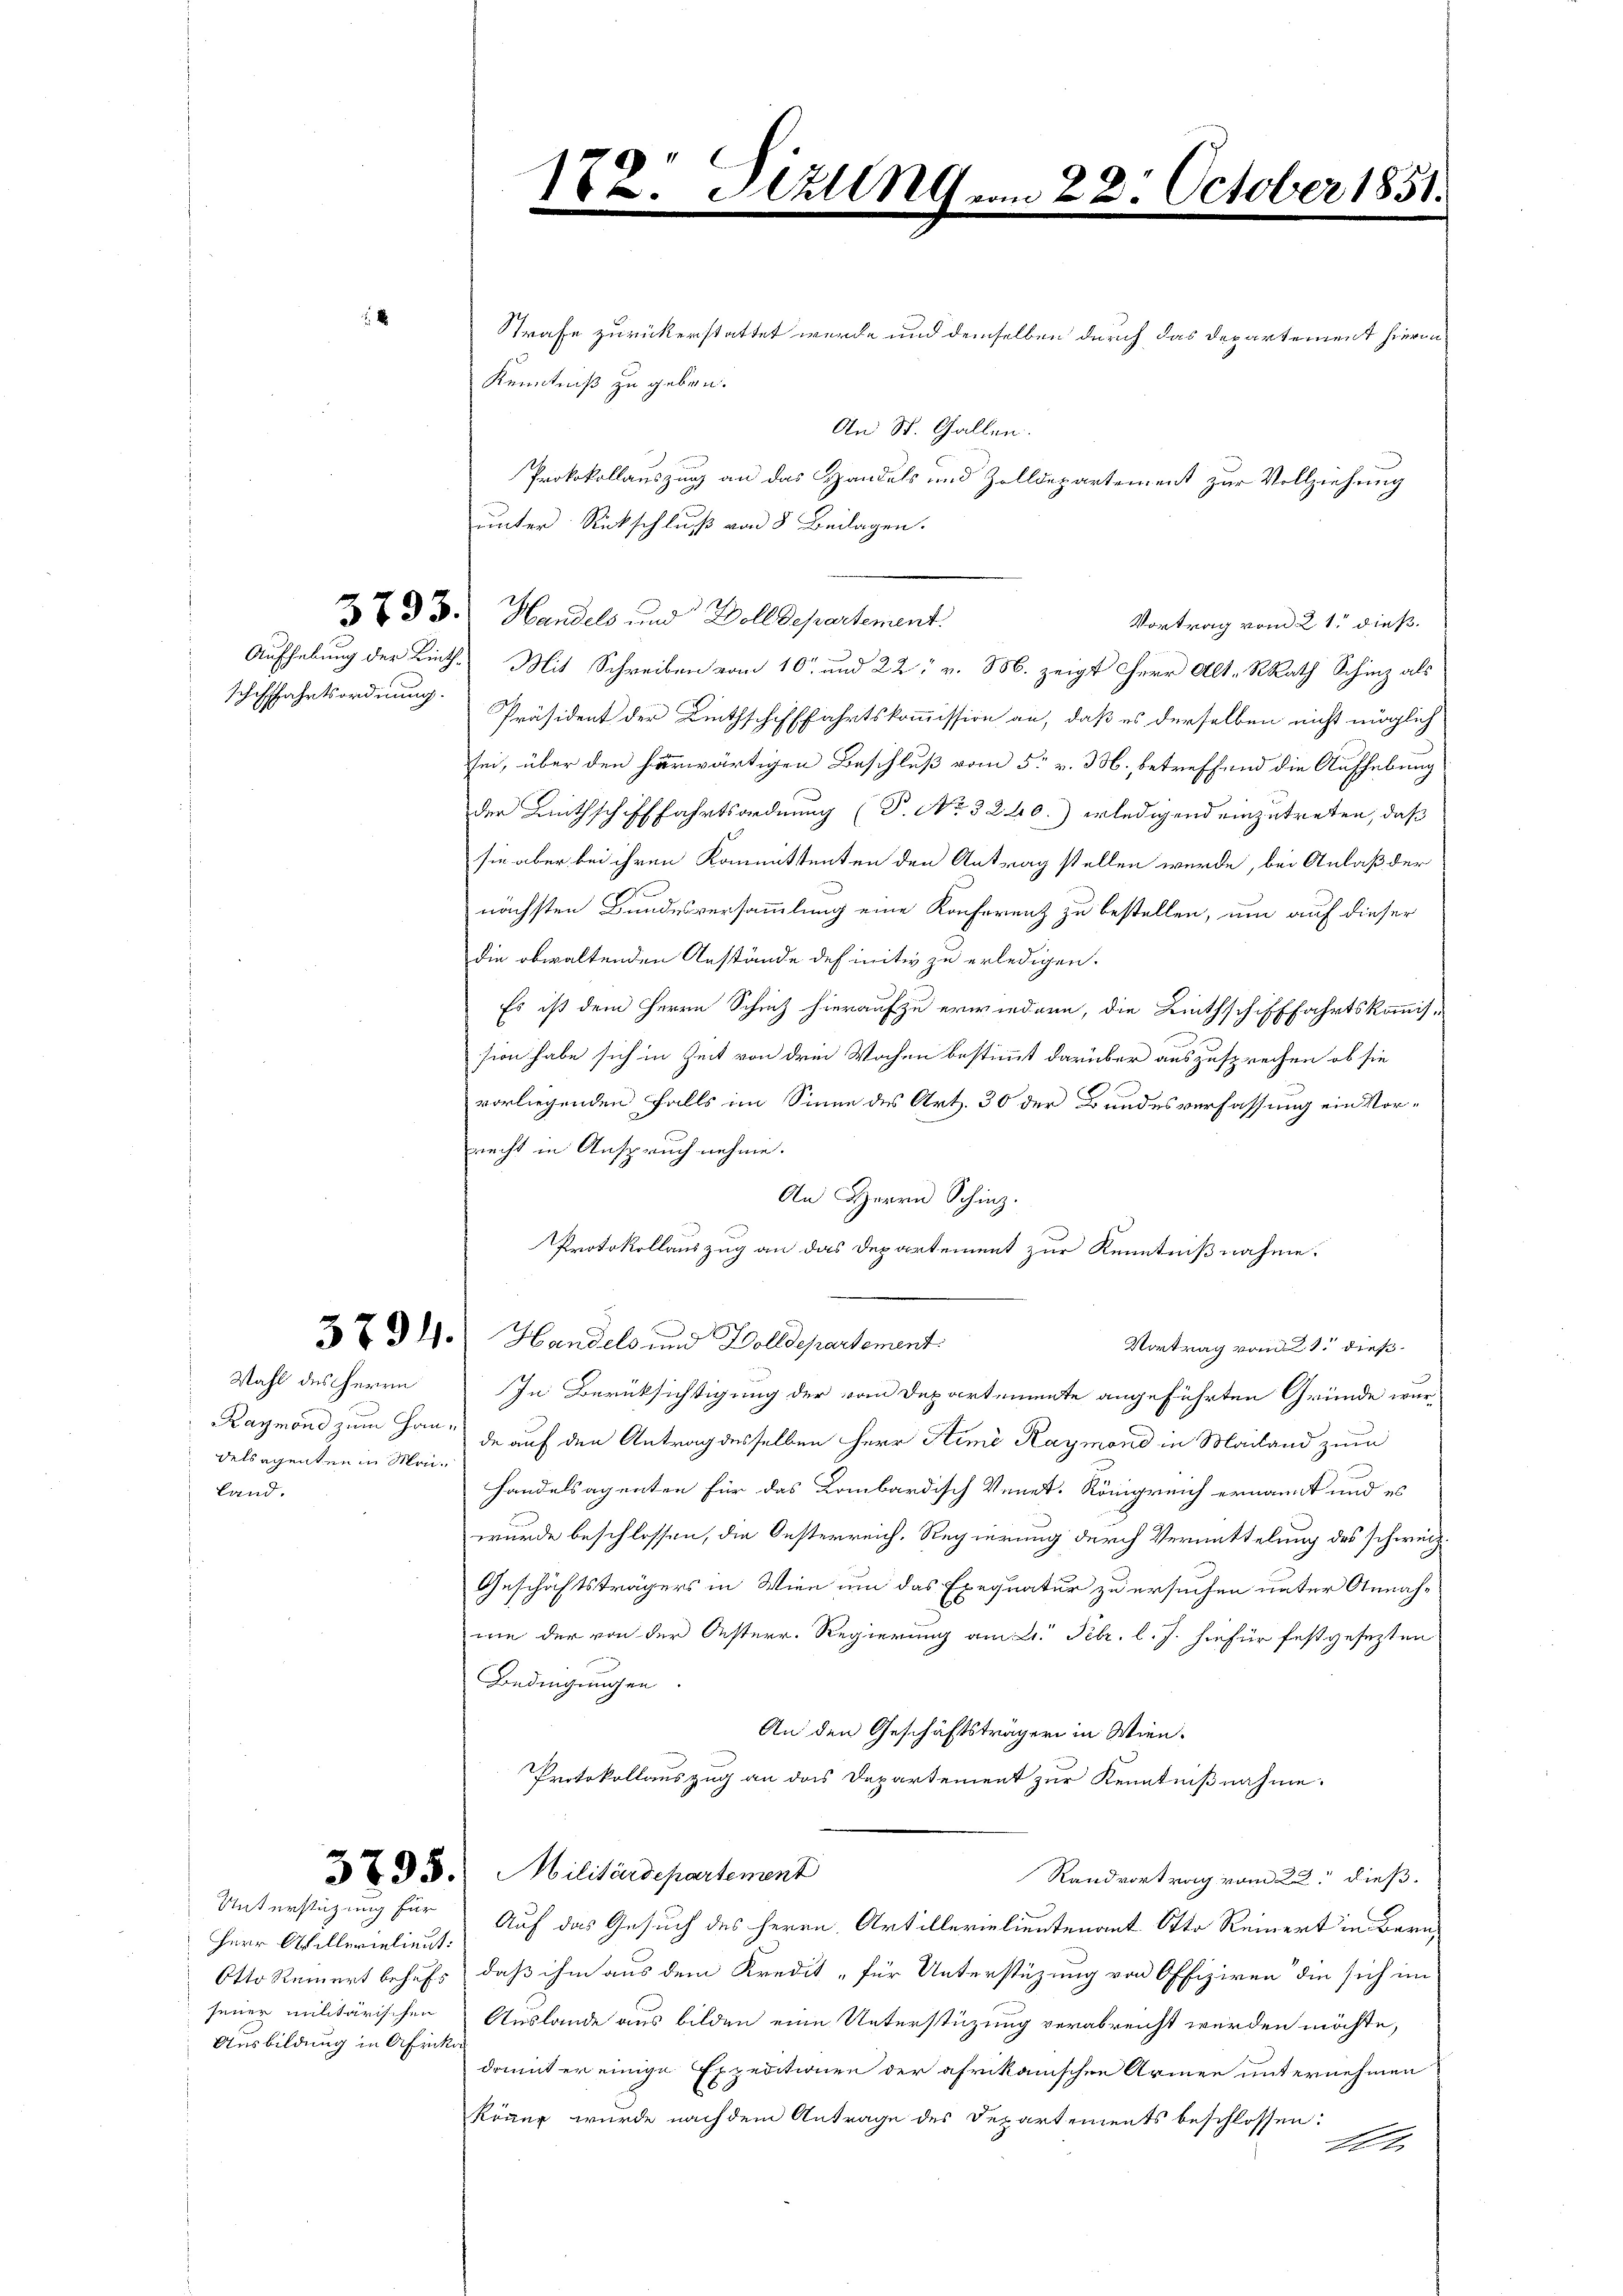
Schifffahrtsordnung.

Wahl des Herrn
delsagenten in Meiland.

Unterstüzung für
Herr Arillerielieut:
jener militärischen
Ausbildung in Afrika

Strafe zurückerstattet werde und demselben durch das Departement hierin
Kenntniß zu geben.
An St. Gallen.
Protokollauszug an das Handels und Zolldepartement zur Vollziehung
unter Rückschluß von 8 Beilagen.

Vortrag vom 21. dieß.
Aufhebung der Linth. Mit Schreiben vom 10. und 22. v. M. zeigt Herr Alt-Rath Schinz als
Präsident der Linthschifffahrtskommission an, daß es derselben nicht möglich
sei, über den herwärtigen Beschluß vom 5. v. 3. betreffend die Aufhebung
der Linthschifffahrtsordnung (T. No 3240.) erledigend einzutreten, daß
sie aber bei ihren Kommittenten den Antrag stellen wurde, bei Anlaß der
s
nächsten Bundesversammlung eine Konferenz zu bestellen, um auf dieser
die obwaltenden Anstände des initiv zu erledigen.
Es ist dem Herrn Schinz hierauf zu erwiedern, die Linthschifffahrtskommis¬
.
 B
sion habe sich in Zeit von dem Wochen bestimmt darüber auszusprechen, ob sie
vorliegenden Falls im Sinne des Art. 30 der Bundesverfassung ein Vorrecht in Anspruch nehme.
An Herrn Schinz.
Protokollauszug an das Departement zur Kenntnißnahme.
37 314. Handels und Wolldepartement.
Vortrag vom 21. dieß
In Berüksichtigung der vom Departemente angeführten Gründe wur¬
Raymond zum Haus de auf den Antrag desselben Herr Stime Raymond in Mailand zum
Handelsagenten für das Kombardisch Venet. Königreich ernannt und es
wurde beschlossen, die Oesterreich. Regierung durch Vermittelung des schweiz.
Geschäftsträgers in Wien um das Exequatur zu ersuchen unter Annahwie der von der Oesterr. Regierung am 21. Febr. l. J. hiefür festgesezten
Bedingungen.
An den Geschäftsträgern in Wien.
Protokollauszug an das Departement zur Kenntnißnahme.
333. Militärdepartement
Randvortrag vom 22. dieß.
Auf das Gesuch des Herrn Artillerielieutenant Otto Reinert in Bern,
Otto Reinert behufs, daß ihm aus dem Kredit „für Unterstüzung von Offiziren die sich im
Auslande aus bilden eine Unterstüzung verabreicht werden möchte,
damit er einige Expeditionen der afrikanischen Armen unternehmen
Köner wurde nach dem Antrage des Departements beschlossen:
E

3733. Handels und Wolldepartement.

18
.

Hall vom 22. October 1851.
.